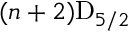
( n + 2 ) \mathrm { { D } } _ { 5 / 2 }